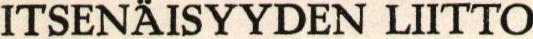
ITSENÄISYYDEN LIITTO